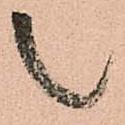
之